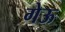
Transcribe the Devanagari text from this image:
गेऊ